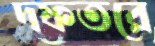
দফতরে